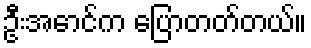
ဦးအောင်က ပြောတတ်တယ်။